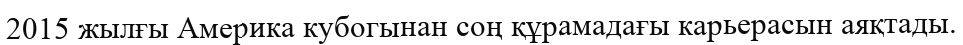
2015 жылғы Америка кубогынан соң құрамадағы карьерасын аяқтады.